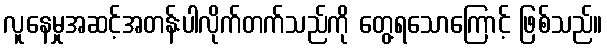
လူနေမှုအဆင့်အတန်းပါလိုက်တက်သည်ကို တွေ့ရသောကြောင့် ဖြစ်သည်။